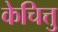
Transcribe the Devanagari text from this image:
केचित्तु